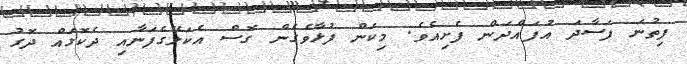
ފިތުނަ ފަސާދަ އުފައްދަން ފެށިއެވެ. މިކަން ފުޅާވެގެން ގޮސް އެކަލޭގެފަނާއި ދެކޮޅައް ދޮގު